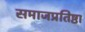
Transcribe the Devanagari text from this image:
समाजप्रतिष्ठा